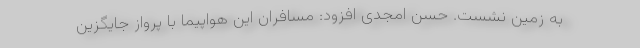
به زمین نشست. حسن امجدی افزود: مسافران این هواپیما با پرواز جایگزین